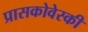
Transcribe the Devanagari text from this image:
प्रासकोवेस्की